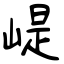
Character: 崼